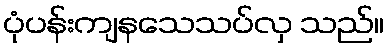
ပုံပန်းကျနသေသပ်လှ သည်။